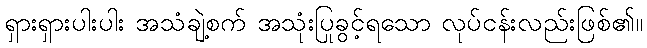
ရှားရှားပါးပါး အသံချဲ့စက် အသုံးပြုခွင့်ရသော လုပ်ငန်းလည်းဖြစ်၏။